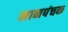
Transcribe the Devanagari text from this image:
मानपंचक